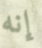
إنه